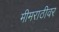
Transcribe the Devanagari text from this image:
मीमराठीवर